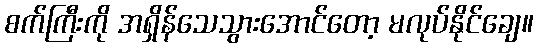
စက်ကြီးကို အရှိန်သေသွားအောင်တော့ မလုပ်နိုင်ချေ။